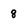
Character: 8